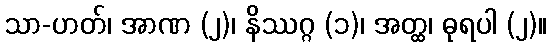
သာ-ဟတ်၊ အာဏ (၂)၊ နိဿဂ္ဂ (၁)၊ အတ္ထ၊ ဓုရပါ (၂)။